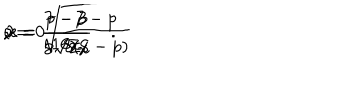
\epsilon = 0 \hspace { 0 . 7 c m } , \hspace { 0 . 7 c m } x = \sqrt { \frac { 7 - p } { 8 ( 8 - p ) } } \hspace { 0 , 7 c m } , \hspace { 0 . 7 c m } { \lambda } = \frac { 7 - p } { 1 6 x } \hspace { 0 . 7 c m } , \hspace { 0 . 7 c m } \nu = \frac { p - 3 } { 8 \sqrt { 2 } x } \quad .